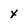
Character: x